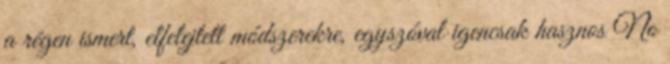
a régen ismert, elfelejtett módszerekre, egyszóval igencsak hasznos No